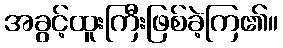
အခွင့်ထူးကြီးဖြစ်ခဲ့ကြ၏။